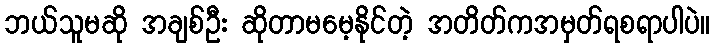
ဘယ်သူမဆို အချစ်ဦး ဆိုတာမမေ့နိုင်တဲ့ အတိတ်ကအမှတ်ရစရာပါပဲ။